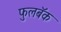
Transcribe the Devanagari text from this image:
फुलबॅक